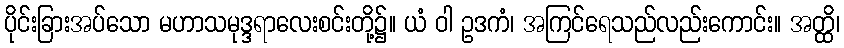
ပိုင်းခြားအပ်သော မဟာသမုဒ္ဒရာလေးစင်းတို့၌။ ယံ ဝါ ဥဒကံ၊ အကြင်ရေသည်လည်းကောင်း။ အတ္ထိ၊